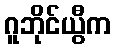
ဂူဘိုင်ယွီက